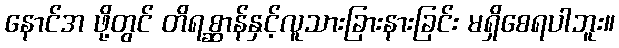
နောင်အ ဖို့တွင် တိရစ္ဆာန်နှင့်လူသားခြားနားခြင်း မရှိစေရပါဘူး။